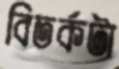
বিতর্কটা